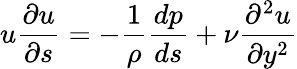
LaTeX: u{\frac{\partial u}{\partial s}}=-{\frac{1}{\rho}}{\frac{dp}{ds}}+{\nu}{\frac{\partial^{2}u}{\partial y^{2}}}